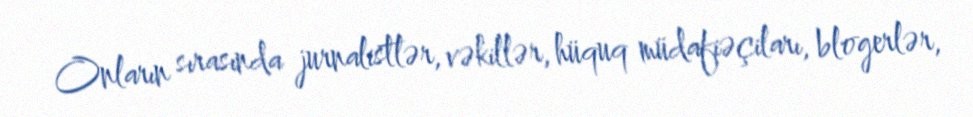
Onların sırasında jurnalistlər, vəkillər, hüquq müdafiəçiları, blogerlər,